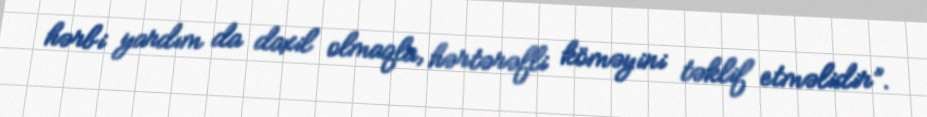
hərbi yardım da daxil olmaqla, hərtərəfli köməyini təklif etməlidir”.